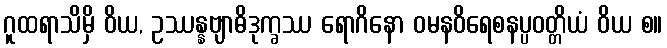
ဂူထရာသိမှိ ဝိယ, ဥဿန္နဗျာဓိဒုက္ခဿ ရောဂိနော ဝမနဝိရေစနပ္ပဝတ္တိယံ ဝိယ စ။